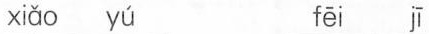
xiǎo yú fēi jī